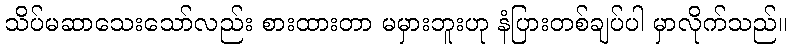
သိပ်မဆာသေးသော်လည်း စားထားတာ မမှားဘူးဟု နံပြားတစ်ချပ်ပါ မှာလိုက်သည်။